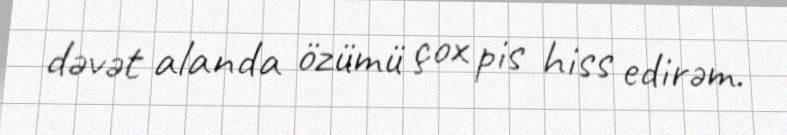
dəvət alanda özümü çox pis hiss edirəm.